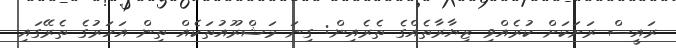
ރައީސް ރަށަކަށް ކުރެއްވި ޒިޔާރާތެއްގެ ތެރެއިން: ގިނަ މަޝްރޫއުތަކެއް ތިން އަހަރުގެ ތެރޭގައި